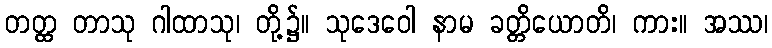
တတ္ထ တာသု ဂါထာသု၊ တို့၌။ သုဒေဝေါ နာမ ခတ္တိယောတိ၊ ကား။ အဿ၊